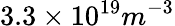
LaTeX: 3.3\times 10^{19}m^{-3}